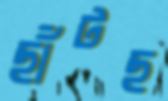
ছাঁটছ